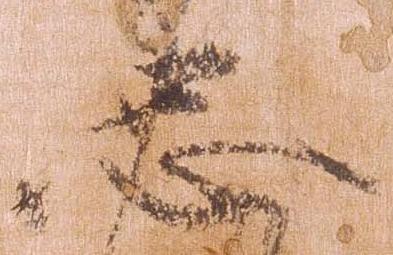
忠